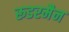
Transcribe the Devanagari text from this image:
रूडरमैन